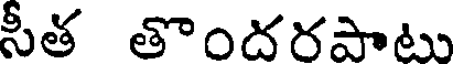
సీత తొందరపాటు